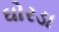
ઘોરડા